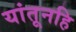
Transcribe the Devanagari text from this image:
यांतूनहि